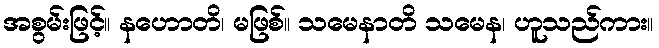
အစွမ်းဖြင့်။ နဟောတိ၊ မဖြစ်။ သမေနာတိ သမေန၊ ဟူသည်ကား။